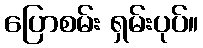
ပြောစမ်း ရှမ်းပုပ်။